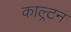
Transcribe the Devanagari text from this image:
काल्र्टन